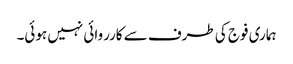
ہماری فوج کی طرف سے کارروائی نہیں ہوئی۔